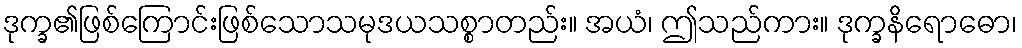
ဒုက္ခ၏ဖြစ်ကြောင်းဖြစ်သောသမုဒယသစ္စာတည်း။ အယံ၊ ဤသည်ကား။ ဒုက္ခနိရောဓော၊